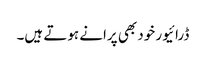
ڈرائیور خود بھی پرانے ہوتے ہیں۔